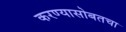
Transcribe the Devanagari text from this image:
करण्यासोबतचा